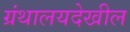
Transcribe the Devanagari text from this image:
ग्रंथालयदेखील